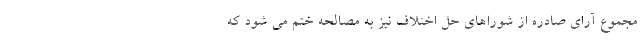
مجموع آرای صادره از شوراهای حل اختلاف نیز به مصالحه ختم می شود که